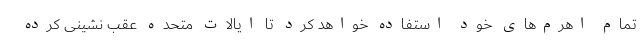
تمام اهرم‌های خود استفاده خواهد کرد تا ایالات متحده عقب نشینی کرده